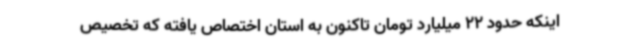
اینکه حدود 22 میلیارد تومان تاکنون به استان اختصاص یافته که تخصیص